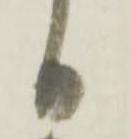
日